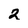
Character: 2